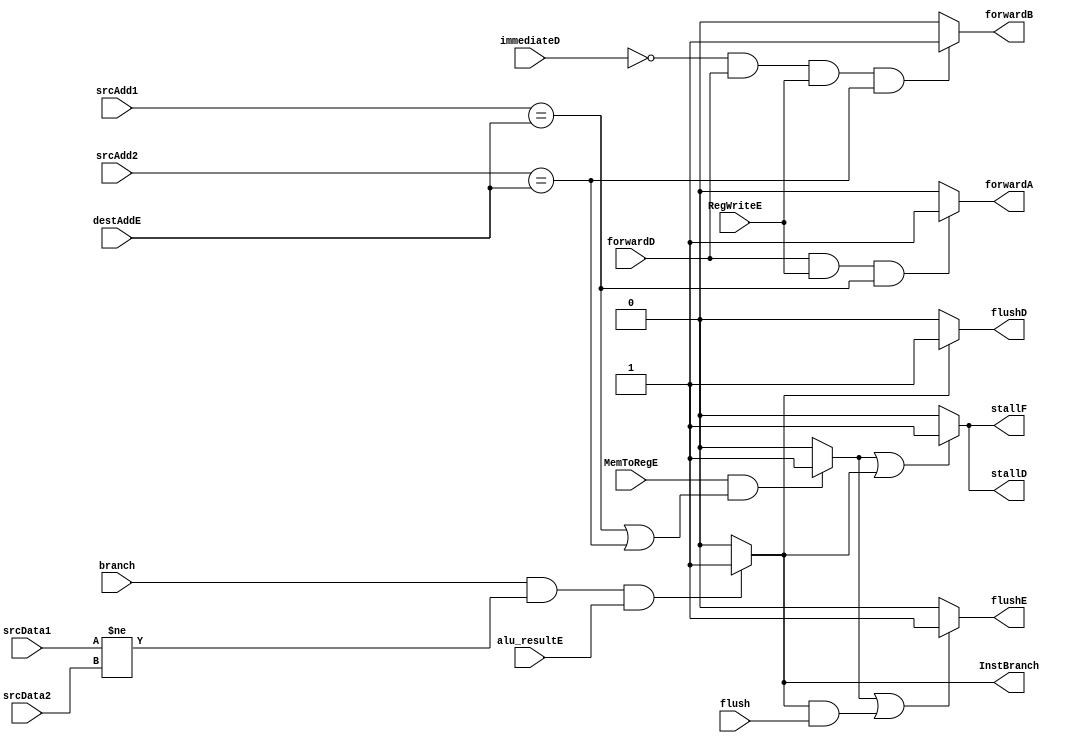
module HazardUnit(
    input               branch,
    input               flush,
    input               RegWriteE,
    input               MemToRegE,
    input               immediateD,
    input               forwardD,
    input    [3:0]      srcAdd1, srcAdd2, destAddE,
    input    [15:0]     srcData1, srcData2, alu_resultE,
    output  reg         stallF, stallD,
    output  reg         forwardA, forwardB,
    output  reg         flushD, flushE,
    output  reg         InstBranch
);

reg lwstall;

always@(*)begin
    if(branch && (srcData1 != srcData2) && alu_resultE)
        InstBranch = 1'b1;
    else
        InstBranch = 1'b0;
end

always@(*)begin
    if(MemToRegE && ((srcAdd1 == destAddE)||(srcAdd2 == destAddE)))
        lwstall = 1'b1;
    else
        lwstall = 1'b0;
end

always@(*)begin
    if(forwardD && RegWriteE && (srcAdd1 == destAddE))
        forwardA = 1'b1;
    else
        forwardA = 1'b0;
end

always@(*)begin
    if(!immediateD && forwardD && RegWriteE && (srcAdd2 == destAddE))
        forwardB = 1'b1;
    else
        forwardB = 1'b0;
end

always@(*)begin
    if(lwstall || InstBranch)begin
        stallF = 1'b1;
        stallD = 1'b1;
    end
    else begin
        stallF = 1'b0;
        stallD = 1'b0;
    end
end

always@(*)begin
    if(lwstall || (InstBranch &&flush))
        flushE = 1'b1;
    else
        flushE = 1'b0;
end

always@(*)begin
    if(InstBranch)begin
        flushD = 1'b1;
    end
    else begin
        flushD = 1'b0;
    end
end

endmodule